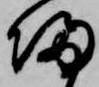
帰